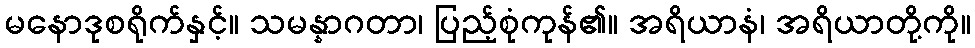
မနောဒုစရိုက်နှင့်။ သမန္နာဂတာ၊ ပြည့်စုံကုန်၏။ အရိယာနံ၊ အရိယာတို့ကို။